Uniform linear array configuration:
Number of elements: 4
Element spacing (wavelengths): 0.5
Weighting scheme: blackman
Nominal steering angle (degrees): -30
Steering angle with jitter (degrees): -29.358
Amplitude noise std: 0.05
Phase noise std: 0.05

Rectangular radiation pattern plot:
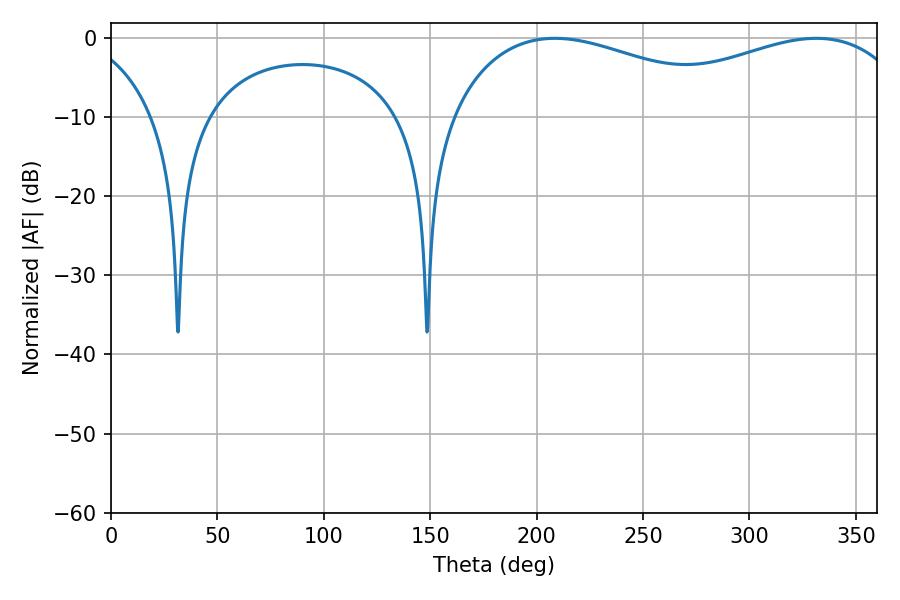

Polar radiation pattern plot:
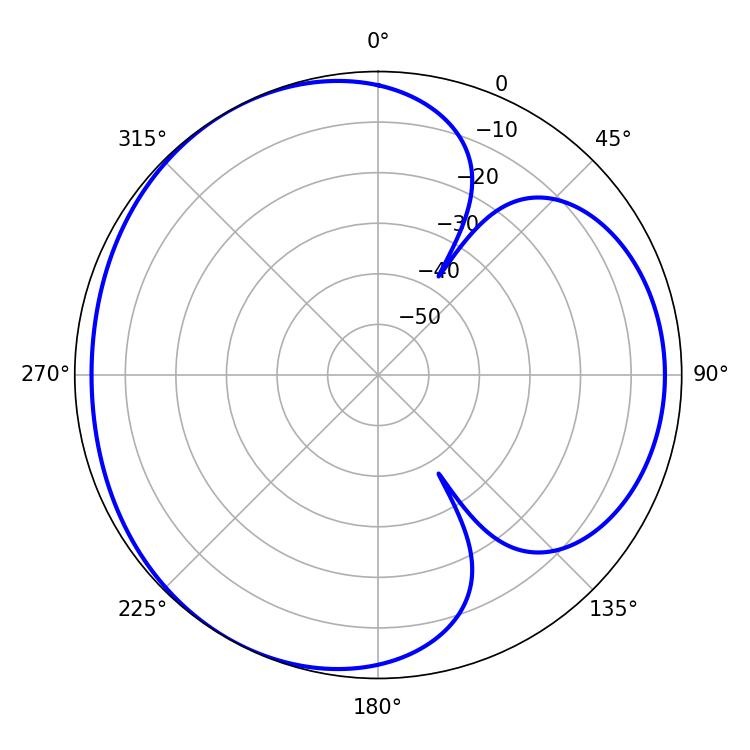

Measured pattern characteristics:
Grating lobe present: FALSE
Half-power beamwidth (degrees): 79.02
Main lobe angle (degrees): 208.62